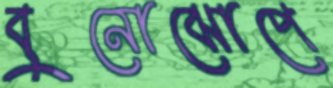
বুনোঝোপে